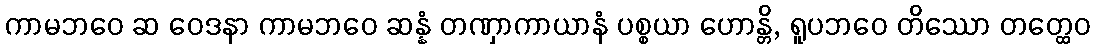
ကာမဘဝေ ဆ ဝေဒနာ ကာမဘဝေ ဆန္နံ တဏှာကာယာနံ ပစ္စယာ ဟောန္တိ, ရူပဘဝေ တိဿော တတ္ထေဝ